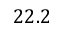
2 2 . 2